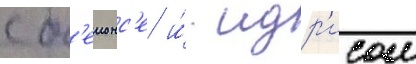
с б'еионс'е и́ идр'исом